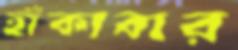
হাঁকাবার